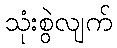
သုံးစွဲလျက်